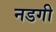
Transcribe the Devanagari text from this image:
नडगी